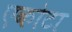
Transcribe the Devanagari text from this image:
एकोटा